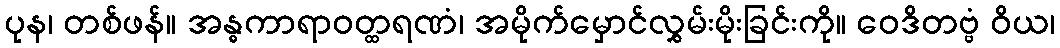
ပုန၊ တစ်ဖန်။ အန္ဓကာရာဝတ္ထရဏံ၊ အမိုက်မှောင်လွှမ်းမိုးခြင်းကို။ ဝေဒိတဗ္ဗံ ဝိယ၊